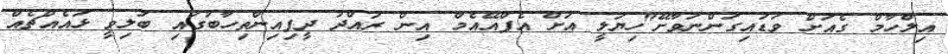
އިލްހާމް ގެއަށް ވަޑައިގަންނަވާށޭ"ހިޔަލީ އަށް އެފްއޭއެމް އިން ރައްދު ދީފިއިންތިހާބުގައި ބަލިވީ ޅައެއްޗެއް